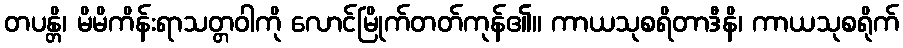
တပန္တိ၊ မိမိကိန်းရာသတ္တဝါကို လောင်မြိုက်တတ်ကုန်၏။ ကာယသုစရိတာဒီနိ၊ ကာယသုစရိုက်